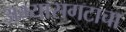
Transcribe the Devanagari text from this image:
अभ्यासगटाचा